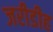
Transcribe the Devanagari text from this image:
जरीडीह